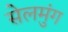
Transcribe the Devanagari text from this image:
सेलमुंग